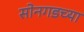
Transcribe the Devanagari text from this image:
सोनगडच्या